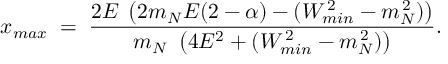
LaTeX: x _ { m a x } \; = \; { \frac { 2 E \; \left( { 2 m _ { N } E ( 2 - \alpha ) - ( W _ { m i n } ^ { \, 2 } - m _ { N } ^ { \, 2 } ) } \right) } { m _ { N } \, \, \left( { 4 E ^ { 2 } + ( W _ { m i n } ^ { \, 2 } - m _ { N } ^ { \, 2 } ) } \right) } } .